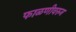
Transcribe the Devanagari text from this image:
फाळणीवरुन